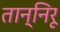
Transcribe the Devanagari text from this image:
तान्निरू